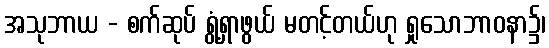
အသုဘာယ - စက်ဆုပ် ရွံ့ရှာဖွယ် မတင့်တယ်ဟု ရှုသောဘာဝနာ၌၊